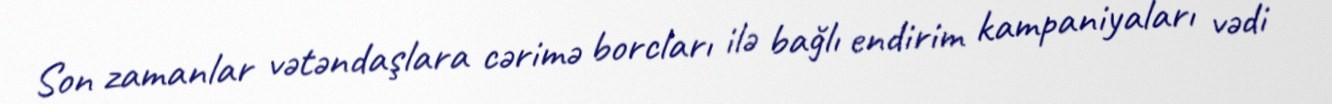
Son zamanlar vətəndaşlara cərimə borcları ilə bağlı endirim kampaniyaları vədi